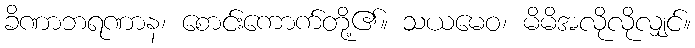
ခိဏာဘရဏာန၊ စောင်းကောက်တို့၏။ သယမေဝ၊ မိမိအလိုလိုလျှင်။